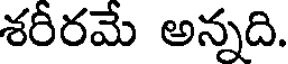
శరీరమే అన్నది.